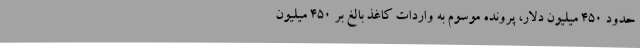
حدود ۴۵۰ میلیون دلار، پرونده موسوم به واردات کاغذ بالغ بر ۴۵۰ میلیون